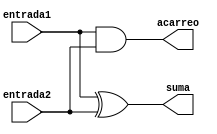
module halfAdder(
	input entrada1,
	input entrada2,
	output suma,
	output acarreo
);
	assign suma = entrada1 ^ entrada2;
	assign acarreo = entrada1  & entrada2;
endmodule